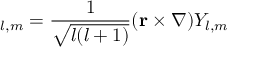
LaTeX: \mathbf { \Phi } _ { l , m } = { \frac { 1 } { \sqrt { l ( l + 1 ) } } } ( \mathbf { r } \times \nabla ) Y _ { l , m }